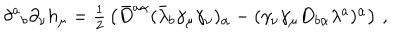
\delta ^ { a } { } _ { b } \partial _ { \nu } h _ { \mu } = \textstyle { \frac { 1 } { 2 } } \left( \bar { D } ^ { a \alpha } ( \bar { \lambda } _ { b } \gamma _ { \mu } \gamma _ { \nu } ) _ { \alpha } - ( \gamma _ { \nu } \gamma _ { \mu } D _ { b \alpha } \lambda ^ { a } ) ^ { \alpha } \right) \, ,